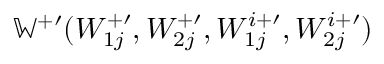
\mathbb { W } ^ { + \prime } ( W _ { 1 j } ^ { + \prime } , W _ { 2 j } ^ { + \prime } , W _ { 1 j } ^ { i + \prime } , W _ { 2 j } ^ { i + \prime } )